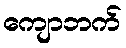
ကျောဘက်